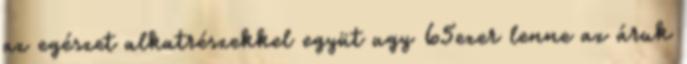
az egészet alkatrészekkel együt ugy 65ezer lenne az áruk